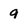
Character: 9